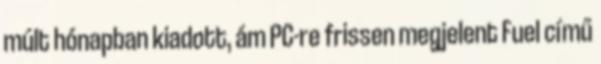
múlt hónapban kiadott, ám PC-re frissen megjelent Fuel című